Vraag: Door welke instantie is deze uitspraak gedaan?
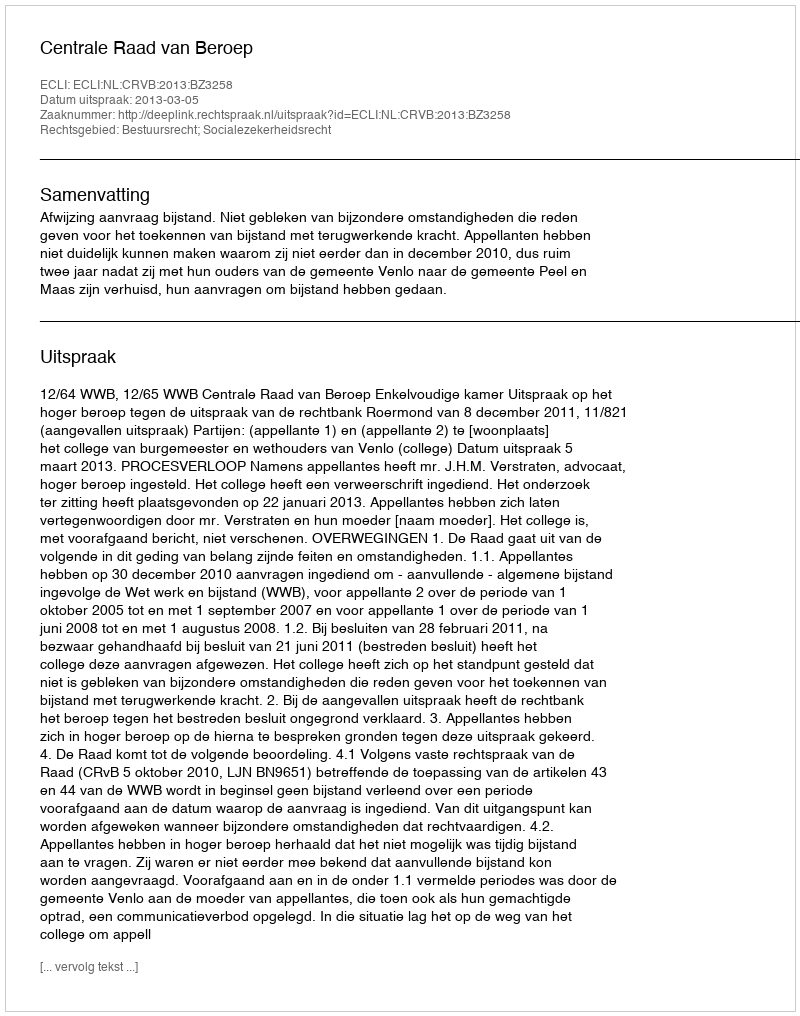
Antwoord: Centrale Raad van Beroep